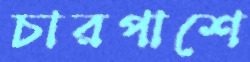
চারপাশে